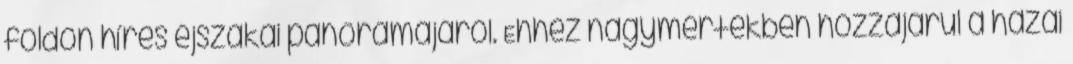
földön híres éjszakai panorámájáról. Ehhez nagymértékben hozzájárul a hazai